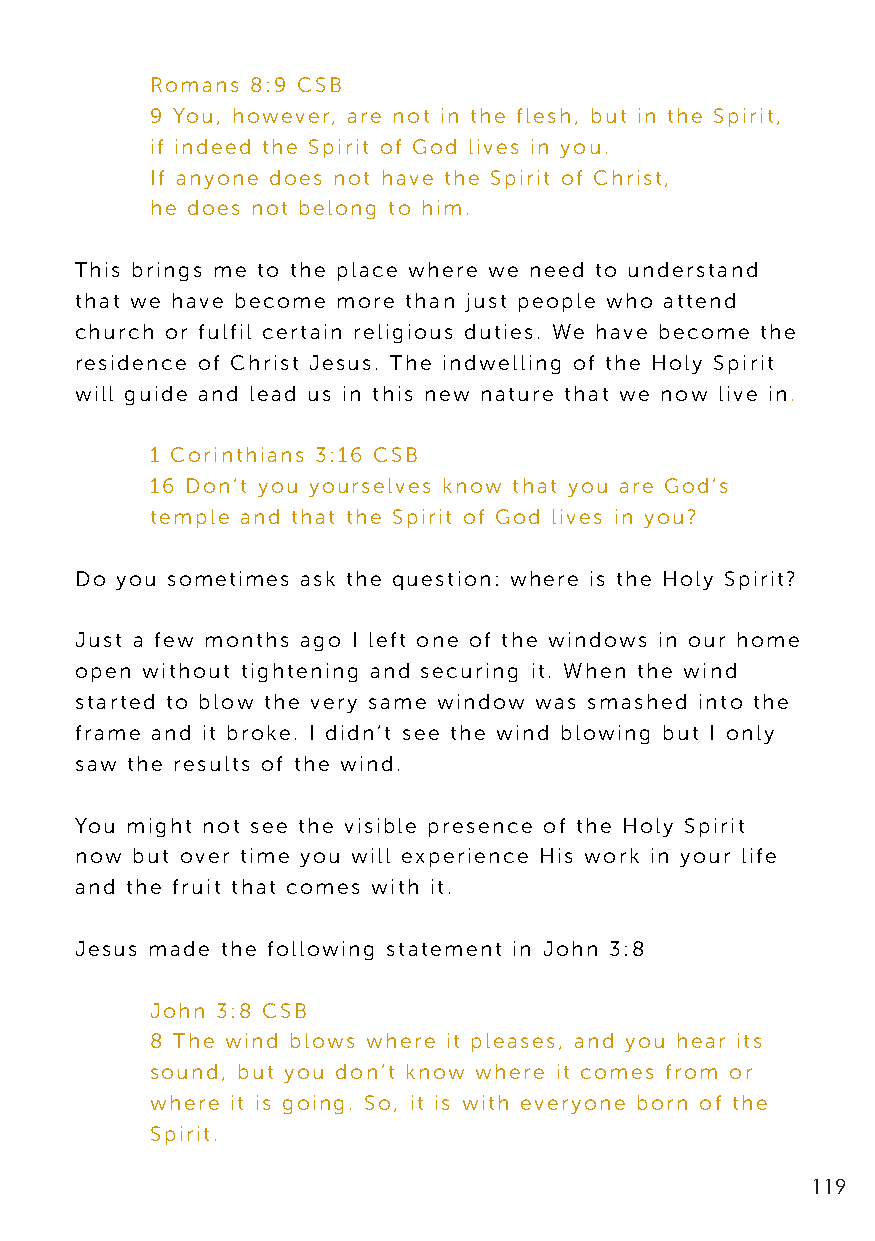
Romans 8:9 CSB
 9 You, however, are not in the flesh, but in the Spirit,
 if indeed the Spirit of God lives in you.
 If anyone does not have the Spirit of Christ,
 he does not belong to him.
 This brings me to the place where we need to understand
 that we have become more than just people who attend
 church or fulfil certain religious duties. We have become the
 residence of Christ Jesus. The indwelling of the Holy Spirit
 will guide and lead us in this new nature that we now live in.
 1 Corinthians 3:16 CSB
 16 Don’t you yourselves know that you are God’s
 temple and that the Spirit of God lives in you?
 Do you sometimes ask the question: where is the Holy Spirit?
 Just a few months ago I left one of the windows in our home
 open without tightening and securing it. When the wind
 started to blow the very same window was smashed into the
 frame and it broke. I didn’t see the wind blowing but I only
 saw the results of the wind.
 You might not see the visible presence of the Holy Spirit
 now but over time you will experience His work in your life
 and the fruit that comes with it.
 Jesus made the following statement in John 3:8
 John 3:8 CSB
 8 The wind blows where it pleases, and you hear its
 sound, but you don’t know where it comes from or
 where it is going. So, it is with everyone born of the
 Spirit.
 119